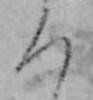
ろ